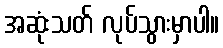
အဆုံးသတ် လုပ်သွားမှာပါ။